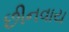
છીનવાય